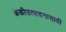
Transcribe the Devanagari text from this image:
केळीउत्पादनासाठी